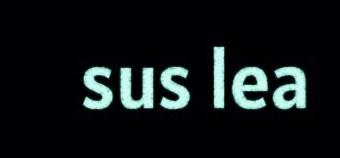
sus lea